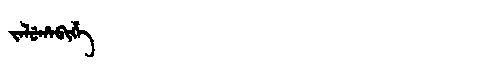
Manchu: ᠵᠠᠯᡠᡥᠠᠪᡳᡥᡝ
Romanization: JALUHABIHE